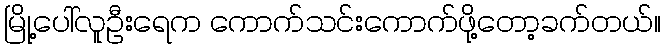
မြို့ပေါ်လူဦးရေက ကောက်သင်းကောက်ဖို့တော့ခက်တယ်။